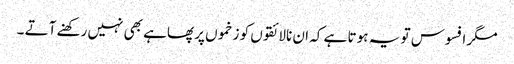
مگر افسوس تو یہ ہو تا ہے کہ ان نالائقوں کو زخموں پر پھاہے بھی نہیں رکھنے آتے ۔